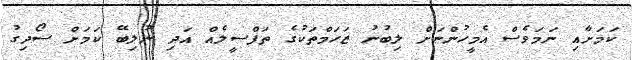
ކަމަށާއި ނަމަވެސް އެމީހުންނަށް ލިބުނު ޒަހަމްތަކުގެ ތަފްސީލެއް އަދި ނުލިބޭ ކަމަށް ސޯދިގު